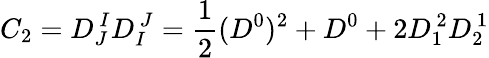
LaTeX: C_{2}=D_{J}^{\, I}D_{I}^{\, J}={\frac{1}{2}}(D^{0})^{2}+D^{0}+2D_{1}^{\, 2}D_{2}^{\, 1}